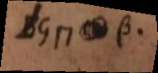
LG ⊓ β.